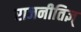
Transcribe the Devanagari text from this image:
राजनीतिज्ञ्